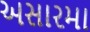
અસારમા